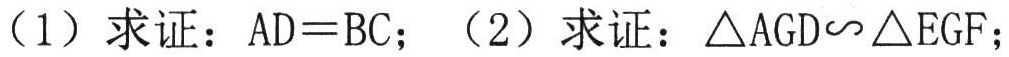
（1）求证：\(AD = BC\)；（2）求证：\(\triangle AGD\sim\triangle EGF\)；